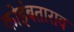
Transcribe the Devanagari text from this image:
कोइंबताराव